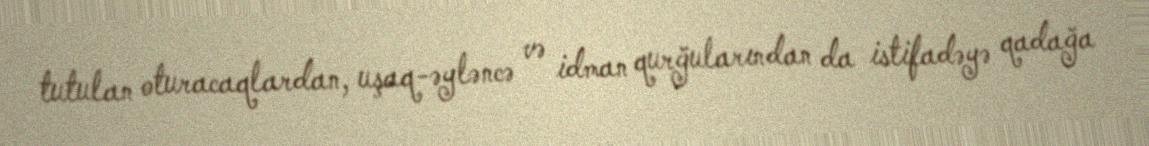
tutulan oturacaqlardan, uşaq-əyləncə və idman qurğularından da istifadəyə qadağa